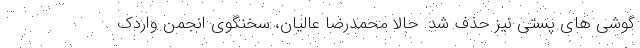
گوشی های پستی نیز حذف شد. حالا محمدرضا عالیان، سخنگوی انجمن واردک